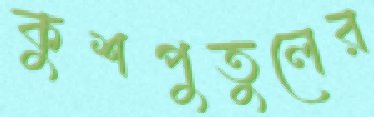
কুশপুতুলের